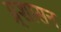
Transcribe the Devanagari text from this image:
प्र्शासन